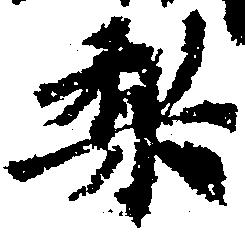
梨